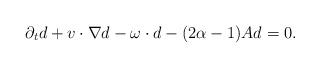
LaTeX: \begin{align*}\partial_t d+v\cdot\nabla d-\omega \cdot d-(2\alpha-1)A d=0.\end{align*}